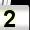
Digit: 2